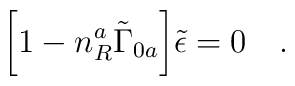
\biggl[ 1 - n_R^a\tilde\Gamma_{0a}\biggr] \tilde\epsilon = 0\quad .